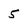
Character: 5